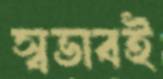
স্বভাবই